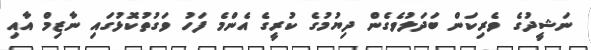
ނަޝީދުގެ ވެރިކަން ބަދަލުވެގެން ދިޔުމުގެ ކުރީގެ އެންމެ ފަހު ވަގުތުކޮޅުގައި ނާޒިމް އާއި